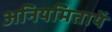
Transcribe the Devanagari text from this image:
अनियमितायें